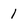
Character: 1